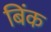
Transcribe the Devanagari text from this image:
बिंक